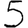
Digit: 5